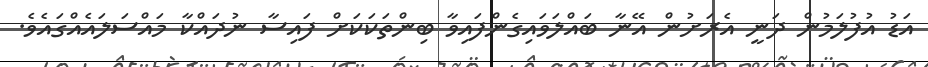
އަޑު އުފުލަމުން ދަނީ އެރަށުން އޭނާ ބައްލަވައިގެންފައިވާ ބިންތަކަކަށް ފައިސާ ނުދައްކާ މައްސަލައެއްގައެވެ.